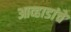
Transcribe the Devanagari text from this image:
आव्हाडांचे